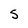
Character: S